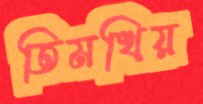
তিমখিয়